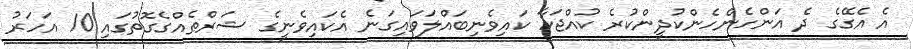
އެ އެގޭގެ ދެ އަންހެންހެންކުދީންކުރެ ކުއްޖަކާ ކައިވެނިބައްލަވައިގަނެ އެކައިވެނީގެ ޝަރްޠެއްގެގޮތުގައި 10 އަހަރު